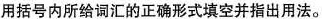
用括号内所给词汇的正确形式填空并指出用法。